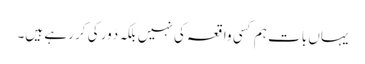
یہاں بات ہم کسی واقعہ کی نہیں بلکہ دَور کی کر رہے ہیں۔